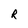
Character: R